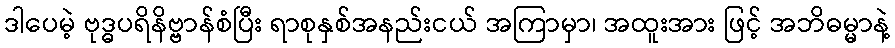
ဒါပေမဲ့ ဗုဒ္ဓပရိနိဗ္ဗာန်စံပြီး ရာစုနှစ်အနည်းငယ် အကြာမှာ၊ အထူးအား ဖြင့် အဘိဓမ္မာနဲ့